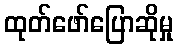
ထုတ်ဖော်ပြောဆိုမှု